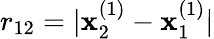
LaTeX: r_{12}=|\mathbf{x}_{2}^{(1)}-\mathbf{x}_{1}^{(1)}|